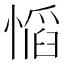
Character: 𫺼